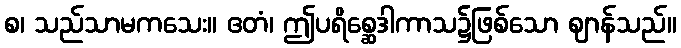
စ၊ သည်သာမကသေး။ ဧတံ၊ ဤပရိစ္ဆေဒါကာသ၌ဖြစ်သော ဈာန်သည်။